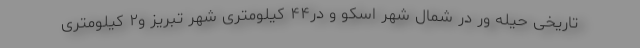
تاریخی حیله ور در شمال شهر اسکو و در۴۴ کیلومتری شهر تبریز و۲ کیلومتری